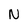
Character: N